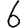
Digit: 6